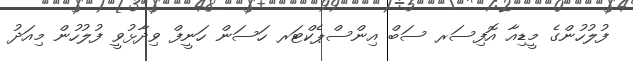
ފުލުހުންގެ މީޑިއާ އޮފިސަރ ސަބް އިންސްޕެކްޓަރ ހަސަން ހަނީފް ވިދާޅުވީ ފުލުހުން މިއަދު